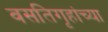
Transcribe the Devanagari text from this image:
वसतिगृहांच्या